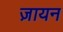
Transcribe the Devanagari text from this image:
ज़ायन